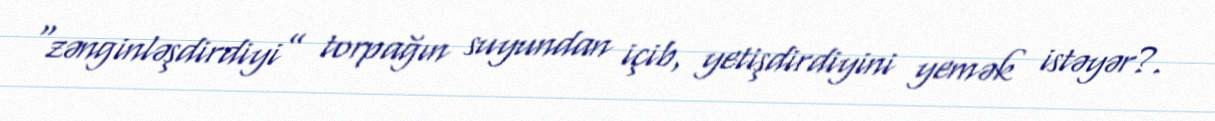
“zənginləşdirdiyi” torpağın suyundan içib, yetişdirdiyini yemək istəyər?.